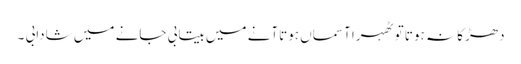
دھڑکا نہ ہوتا تو ٹھہرا آسماں ہوتاآنے میں بیتابی جانے میں شادابی ۔